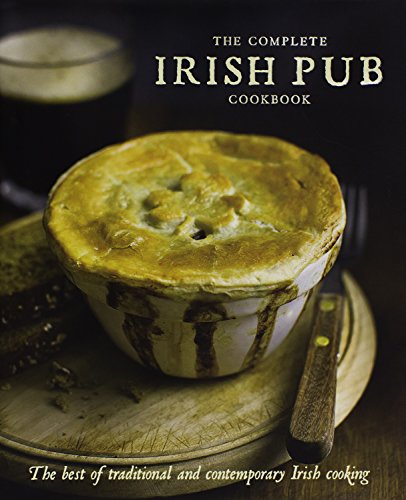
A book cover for The Complete Irish Pub Cookbook; Parragon Books; Cookbooks, Food & Wine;